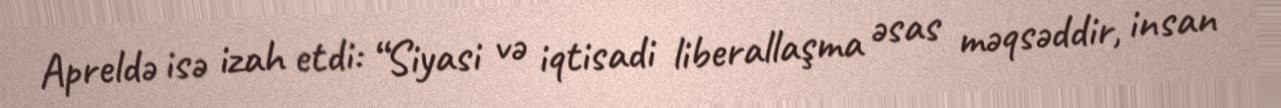
Apreldə isə izah etdi: “Siyasi və iqtisadi liberallaşma əsas məqsəddir, insan